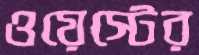
ওয়েস্টের